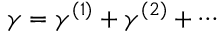
\gamma = \gamma ^ { ( 1 ) } + \gamma ^ { ( 2 ) } + \cdots